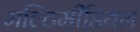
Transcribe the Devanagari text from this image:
मल्टिमीडियम